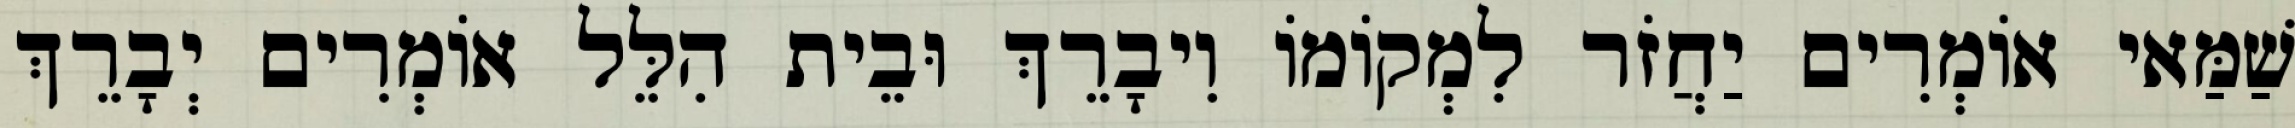
שַׁמַּאי אוֹמְרִים יַחֲזֹר לִמְקוֹמוֹ וִיבָרֵךְ וּבֵית הִלֵּל אוֹמְרִים יְבָרֵךְ